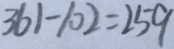
3 6 1 - 1 0 2 = 2 5 9